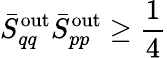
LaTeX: \bar{S}_{qq}^{\mathrm{out}}\bar{S}_{pp}^{\mathrm{out}}\geq\frac{1}{4}